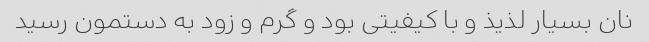
نان بسیار لذیذ و با کیفیتی بود و گرم و زود به دستمون رسید